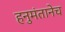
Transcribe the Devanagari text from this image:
हनुमंतानेच